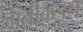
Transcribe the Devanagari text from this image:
जातीकडून